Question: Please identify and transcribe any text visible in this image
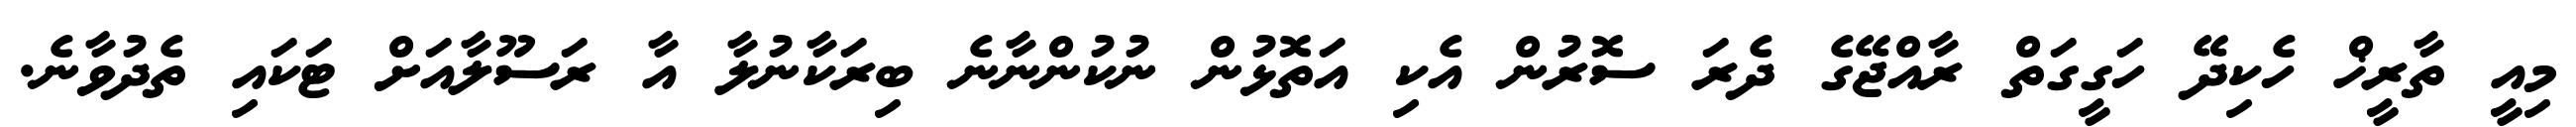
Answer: މިއީ ތާރީޚް ހެކިދޭ ހަގީގަތް ރާއްޖޭގެ ދެރަ ސޮރުން އެކި އަތޮޅުން ނުކުންނާނެ ބިރަކާނުލާ އާ ރަސޫލާއަށް ޓަކައި ތެދުވާނެ.